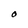
Character: O